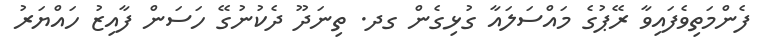
ފެންމަތިވެފައިވާ ރޭޕުގެ މައްސަލައާ ގުޅިގެން ގދ. ތިނަދޫ ދެކުނުގޭ ހަސަން ފާއިޒު ހައްޔަރު